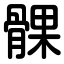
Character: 髁